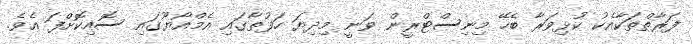
ފަރާތްތަކާއެކު ކުޅިވަރާ ބެހޭ މިނިސްޓްރީން ވަނީ މިދިޔަ ހަފުތާގައި އެމްއޯޔޫގައި ސޮއިކޮށްފަ އެވެ.